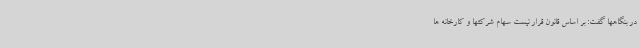
در بنگاهها گفت: بر اساس قانون قرار نیست سهام شرکتها و کارخانه ها